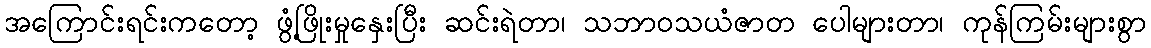
အကြောင်းရင်းကတော့ ဖွံ့ဖြိုးမှုနှေးပြီး ဆင်းရဲတာ၊ သဘာဝသယံဇာတ ပေါများတာ၊ ကုန်ကြမ်းများစွာ